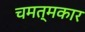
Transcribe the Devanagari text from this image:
चमत्मकार